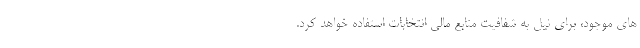
های موجود، برای نیل به شفافیت منابع مالی انتخابات استفاده خواهد کرد.